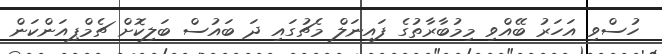
ހުސްވި އަހަރު ބޭއްވި މިމުބާރާތުގެ ފައިނަލް މެޗުގައި ދަ ބައުސް ބަލިކޮށް ޗެމްޕިއަންކަން